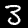
Digit: 3